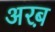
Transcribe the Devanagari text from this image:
अरब़